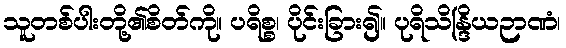
သူတစ်ပါးတို့၏စိတ်ကို။ ပရိစ္စ၊ ပိုင်းခြား၍။ ပုရိသိန္ဒြိယဉာဏံ၊